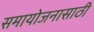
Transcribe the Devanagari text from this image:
समायोजनासाठी